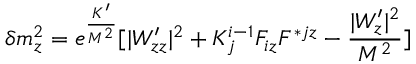
\delta m _ { z } ^ { 2 } = e ^ { \frac { K ^ { \prime } } { M ^ { 2 } } } [ | W _ { z z } ^ { \prime } | ^ { 2 } + K _ { j } ^ { i - 1 } F _ { i z } F ^ { * j z } - { \frac { | W _ { z } ^ { \prime } | ^ { 2 } } { M ^ { 2 } } } ]